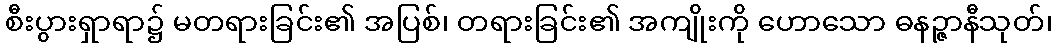
စီးပွားရှာရာ၌ မတရားခြင်း၏ အပြစ်၊ တရားခြင်း၏ အကျိုးကို ဟောသော ဓနဉ္ဇာနီသုတ်၊